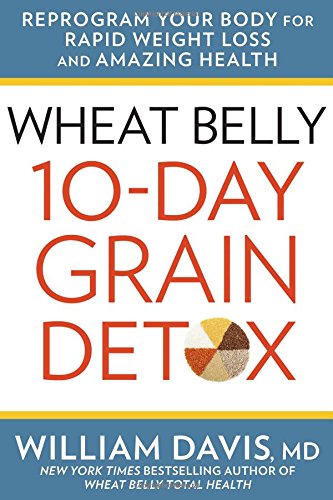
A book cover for Wheat Belly: 10-Day Grain Detox: Reprogram Your Body for Rapid Weight Loss and Amazing Health; William Davis; Health, Fitness & Dieting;